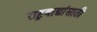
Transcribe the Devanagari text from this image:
राष्ट्रवाद्यांसाठी